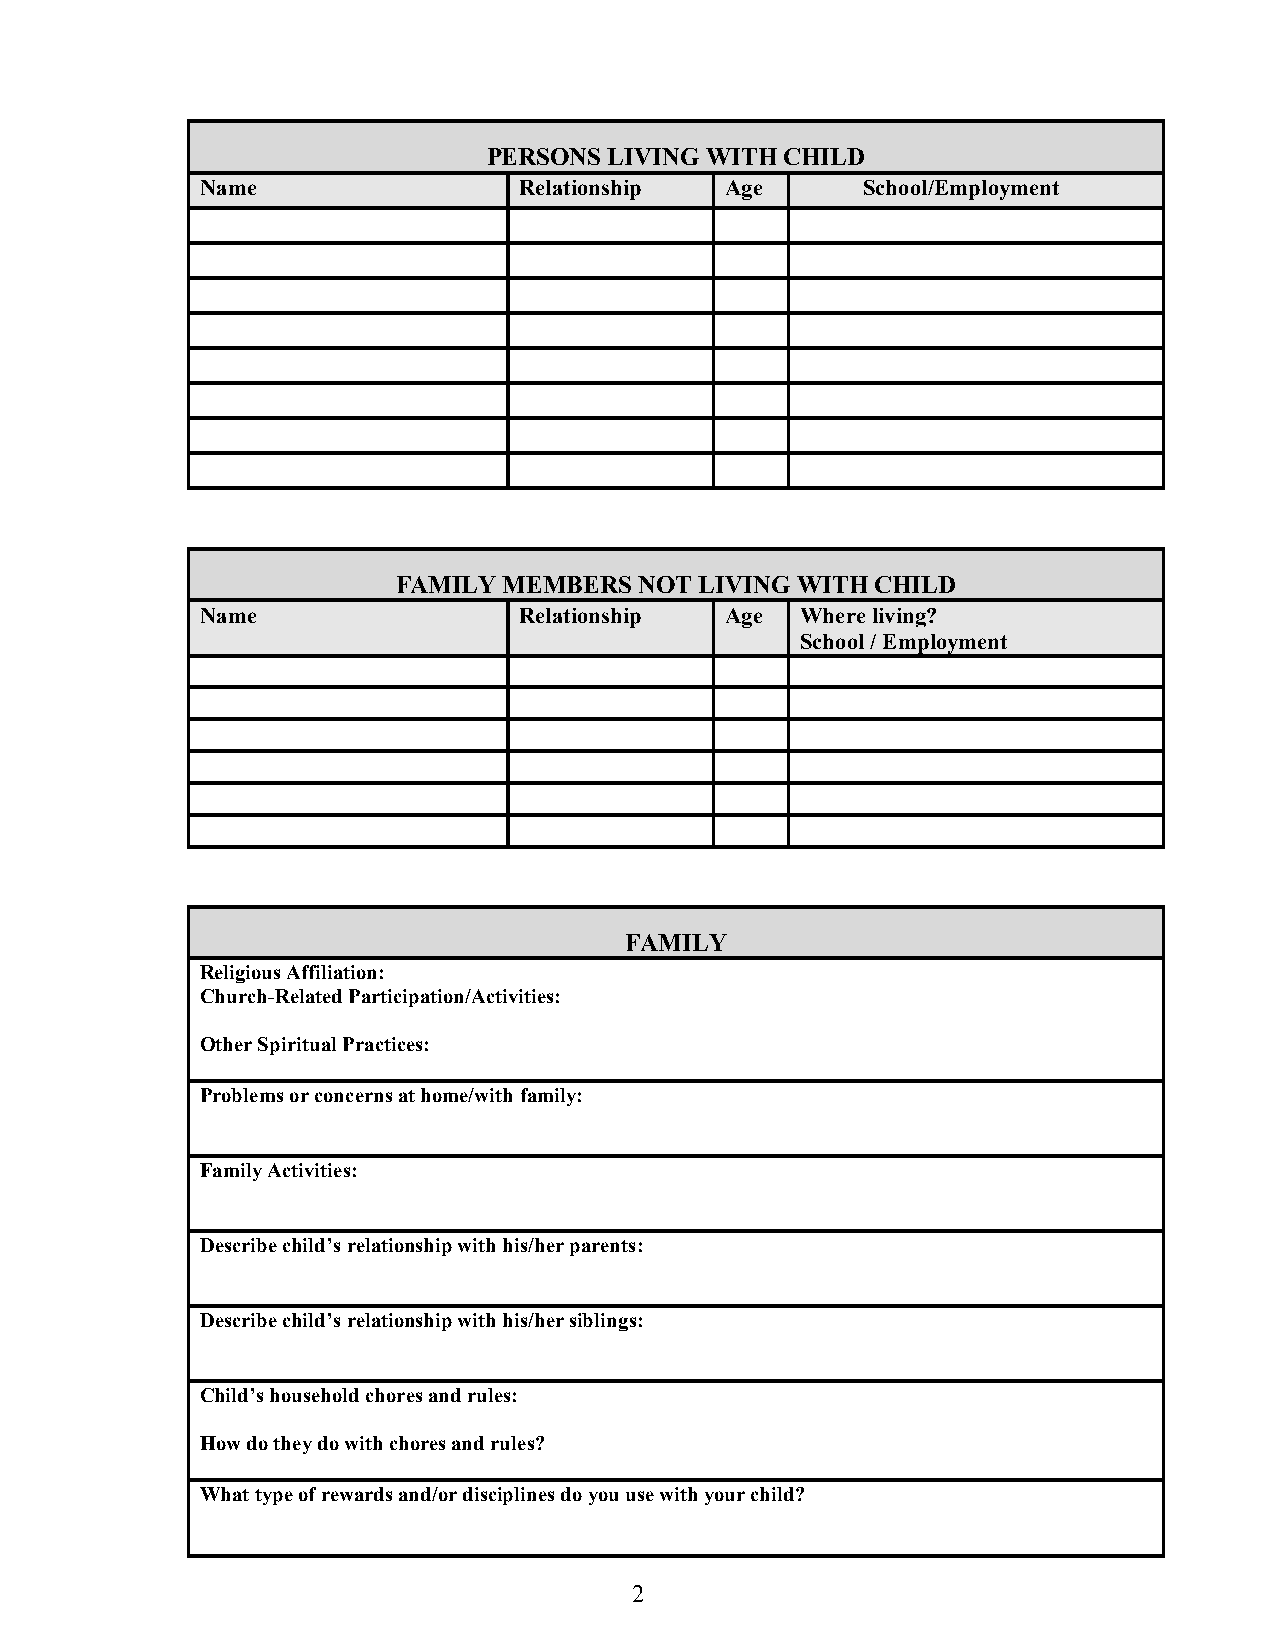
PERSONS LIVING WITH CHILD
 Name                 Relationship  Age      School/Employment
 FAMILY MEMBERS  NOT LIVING WITH CHILD
 Name                 Relationship  Age  Where living?
 School / Employment
 FAMILY
 Religious Affiliation:
 Church-Related Participation/Activities:
 Other Spiritual Practices:
 Problems or concerns at home/with family:
 Family Activities:
 Describe child’s relationship with his/her parents:
 Describe child’s relationship with his/her siblings:
 Child’s household chores and rules:
 How do they do with chores and rules?
 What type of rewards and/or disciplines do you use with your child?
 2